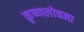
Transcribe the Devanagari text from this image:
कृष्णलोचना